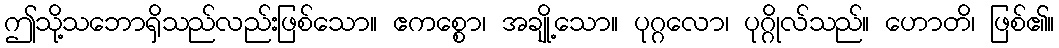
ဤသို့သဘောရှိသည်လည်းဖြစ်သော။ ဧကစ္စော၊ အချို့သော။ ပုဂ္ဂလော၊ ပုဂ္ဂိုလ်သည်။ ဟောတိ၊ ဖြစ်၏။